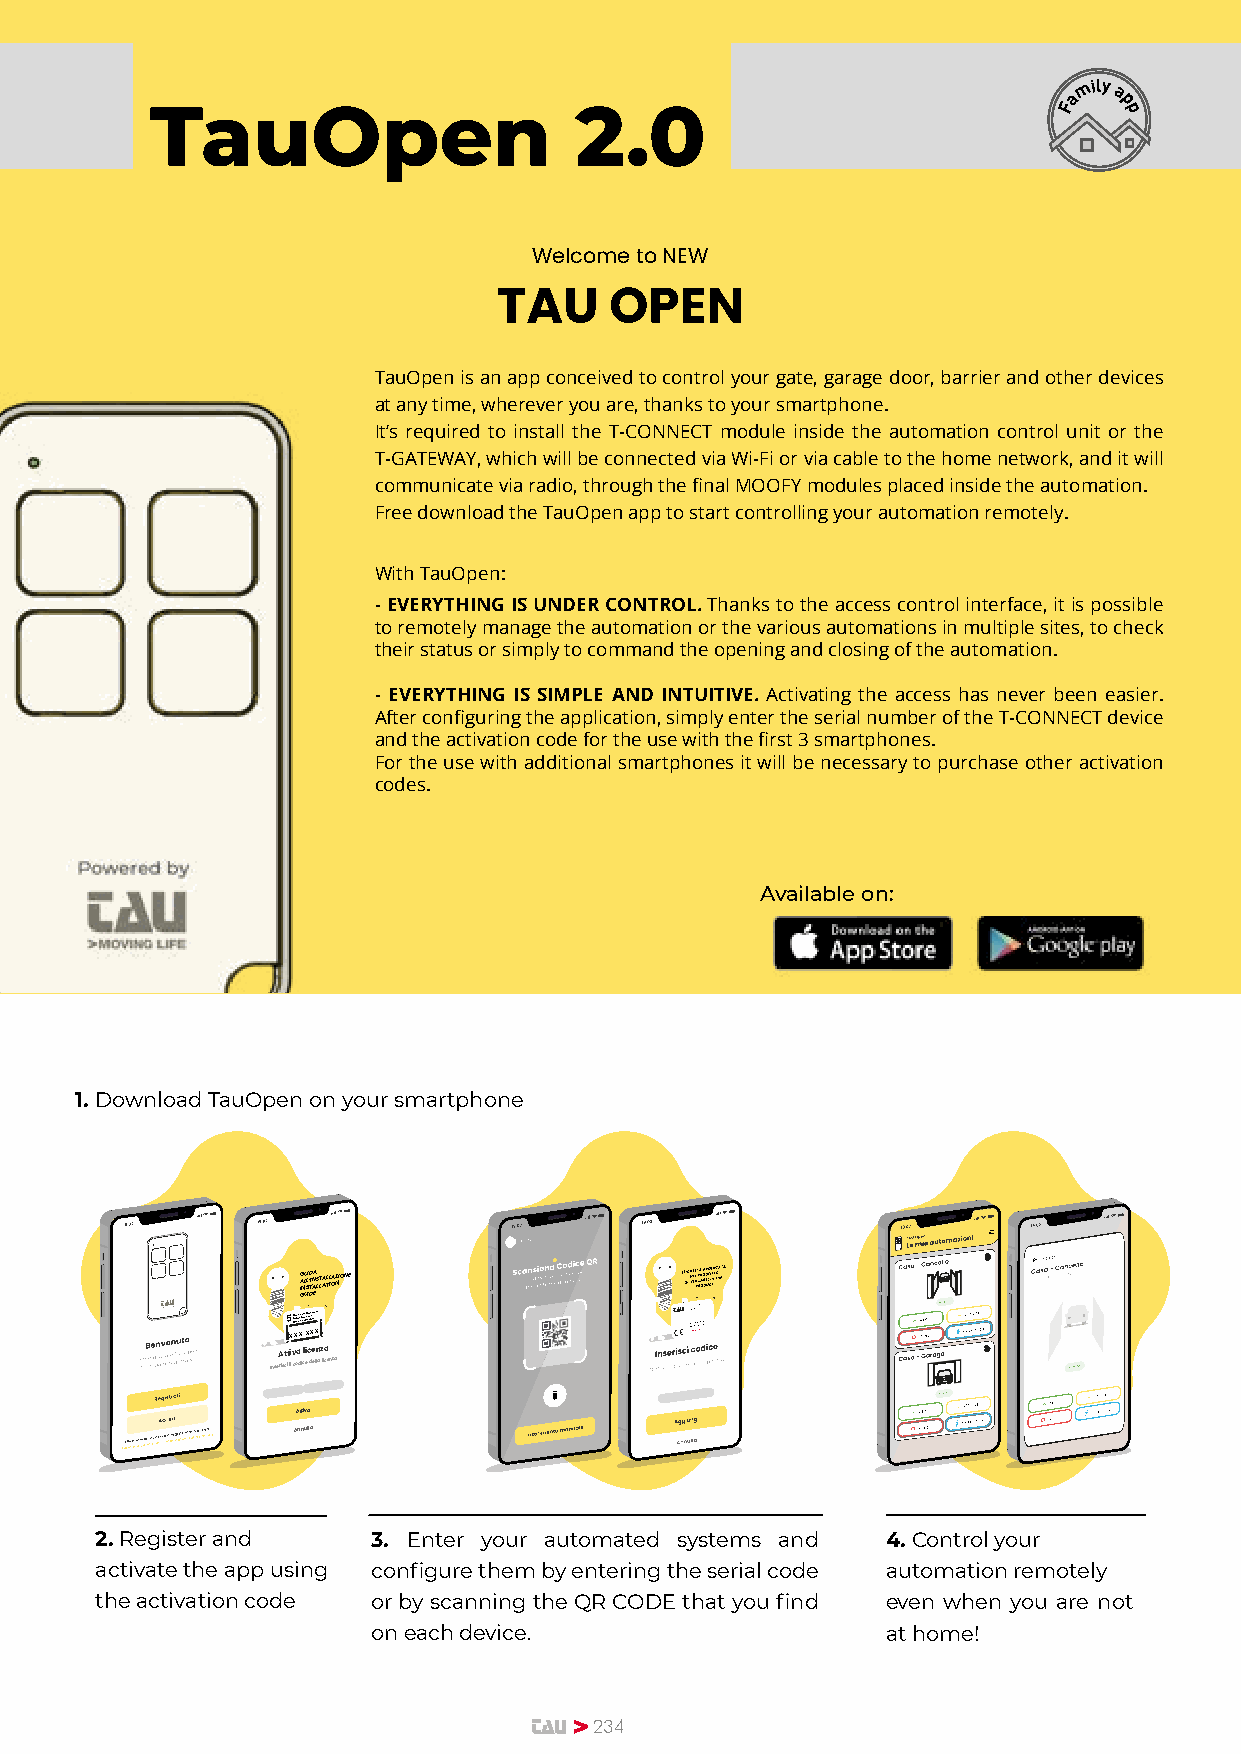
am ily
 a
 TauOpen                     2.0                             F   p p
 Welcome to NEW
 TAU    OPEN
 TauOpen is an app conceived to control your gate, garage door, barrier and other devices
 at any time, wherever you are, thanks to your smartphone.
 It’s required to install the T-CONNECT module inside the automation control unit or the
 T-GATEWAY, which will be connected via Wi-Fi or via cable to the home network, and it will
 communicate via radio, through the final MOOFY modules placed inside the automation.
 Free download the TauOpen app to start controlling your automation remotely.
 With TauOpen:
 - EVERYTHING IS UNDER CONTROL. Thanks to the access control interface, it is possible
 to remotely manage the automation or the various automations in multiple sites, to check
 their status or simply to command the opening and closing of the automation.
 - EVERYTHING IS SIMPLE AND INTUITIVE. Activating the access has never been easier.
 After configuring the application, simply enter the serial number of the T-CONNECT device
 and the activation code for the use with the first 3 smartphones.
 For the use with additional smartphones it will be necessary to purchase other activation
 codes.
 Available on:
 1. Download TauOpen on your smartphone
 G
 I
 GA NLU USLI I’ TD DIN AA ES LLT AA TLL IOA NZIONE
 5 xCAC xocotd diivec xa e dt ’id ao icn a t xct ivtoiavdt xaeioz:i no x:ne:
 Attiva licenza
 Inserisci il codice della licenza
 Attiva
 Annulla
 2. Register and    3. Enter your automated systems and 4. Control your
 activate the app using configure them by entering the serial code automation remotely
 the activation code or by scanning the QR CODE that you find even when you are not
 on each device.                   at home!
 223344